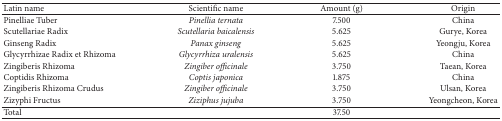
<table><thead><tr><td><b>Latin name</b></td><td><b>Scientific name</b></td><td><b>Amount (g)</b></td><td><b>Origin</b></td></tr></thead><tbody><tr><td>Pinelliae Tuber</td><td><i>Pinellia ternata </i></td><td>7.500</td><td>China</td></tr><tr><td>Scutellariae Radix</td><td><i>Scutellaria baicalensis </i></td><td>5.625</td><td>Gurye, Korea</td></tr><tr><td>Ginseng Radix</td><td><i>Panax ginseng </i></td><td>5.625</td><td>Yeongju, Korea</td></tr><tr><td>Glycyrrhizae Radix et Rhizoma</td><td><i>Glycyrrhiza uralensis </i></td><td>5.625</td><td>China</td></tr><tr><td>Zingiberis Rhizoma</td><td><i>Zingiber officinale </i></td><td>3.750</td><td>Taean, Korea</td></tr><tr><td>Coptidis Rhizoma</td><td><i>Coptis japonica </i></td><td>1.875</td><td>China</td></tr><tr><td>Zingiberis Rhizoma Crudus</td><td><i>Zingiber officinale </i></td><td>3.750</td><td>Ulsan, Korea</td></tr><tr><td>Zizyphi Fructus</td><td><i>Ziziphus jujuba </i></td><td>3.750</td><td>Yeongcheon, Korea</td></tr><tr><td>Total</td><td> </td><td>37.50</td><td> </td></tr></tbody></table>